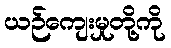
ယဉ်ကျေးမှုတို့ကို